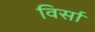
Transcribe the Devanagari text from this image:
विर्सा